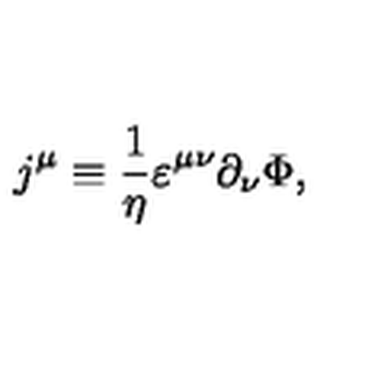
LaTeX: j ^ { \mu } \equiv { \frac { 1 } { \eta } } \varepsilon ^ { \mu \nu } \partial _ { \nu } \Phi ,